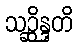
သဉ္ဆိန္ဒတိ